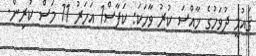
ޤައުމީ ދުވަހުގެ ޚާއްސަ ކުރު ވާހަކަ: ކަފާސް1 އަހަރު 11 މަސް ކުރިން.